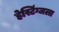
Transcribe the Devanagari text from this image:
हेस्टिंग्जला